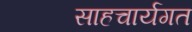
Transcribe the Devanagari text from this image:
साहचार्यगत